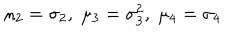
\mu _ { 2 } = \sigma _ { 2 } , \; \mu _ { 3 } = \sigma _ { 3 } ^ { 2 } , \; \mu _ { 4 } = \sigma _ { 4 }